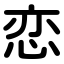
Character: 恋